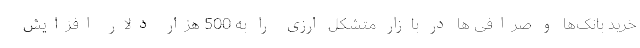
خرید بانک‌ها و صرافی ها در بازار متشکل ارزی را به 500 هزار دلار افزایش